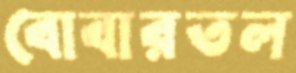
বোবারতল